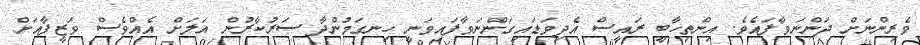
ވެރިންނަށް ދަންނަވާފައެވެ. އިންތިހާބީ ރައީސް އެދިވަޑައިގަންނަވާފައިވަނީ ހިނގަމުންދާ ސަރުކާރުން އަލަށް އެއްވެސް ވަޒީފާއަށް